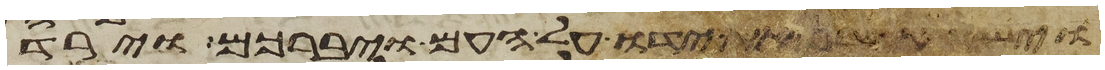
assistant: וישא אהרן את ידו על העם ויברכם וירד